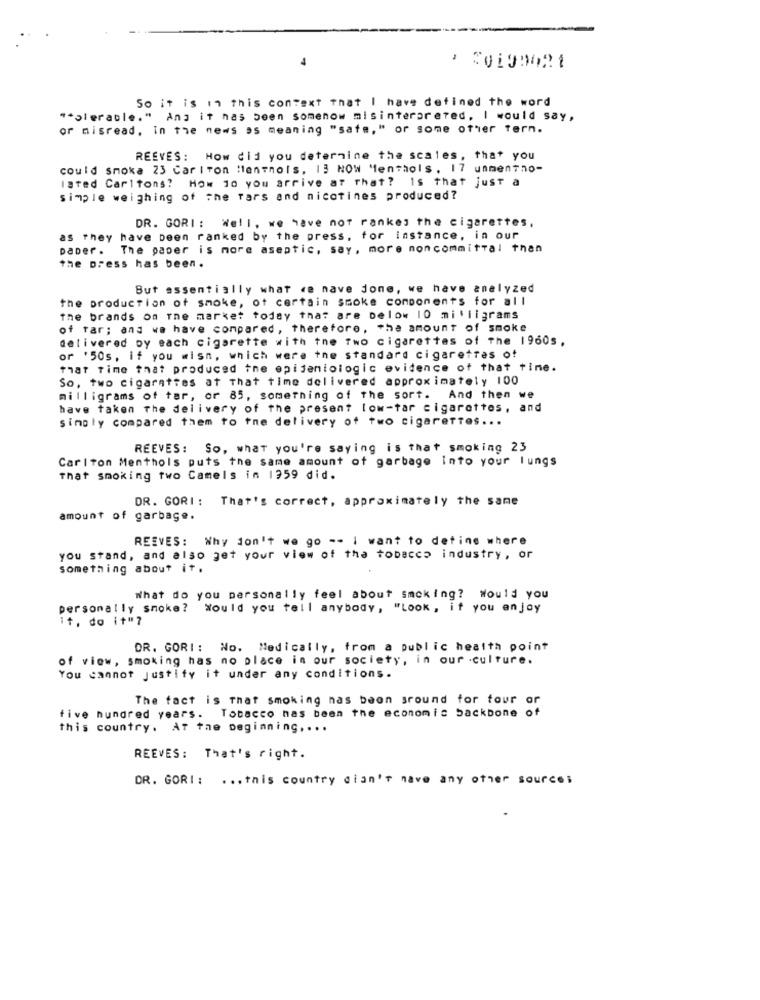
-
So it is in this context that I have defined the word
"plerable." And it has been somenow misinterpreted, I would say,
or misread, in the news as meaning "safe," or some other tern.
REEVES: How did you determine the scales, that you
could smoka 23 Carlton Menthols. 13 NOW Menthols. 17 ummentho-
Isted Carltons? How 10 you arrive at that? is that just a
simple weighing of The fars and nicotines produced?
DR. GORI : Well, we have not rankes the cigarettes,
as they have been ranked by the press, for instance, in our
paper. The paper is more aseptic, say, more noncommittal than
the press has been.
But essentially what ce nave jone, we have analyzed
the production of smoke, ot certain smoke components for all
the brands on The market today that are below 10 milligrams
of far; and we have compared, therefore, the amount of smoke
delivered by each cigarette with the Two cigarettes of the 1960s,
or '50s, if you wish, which were the standard cigarettes of
that time that produced the epidemiologic evidence of that time.
So, two cigarettes at That time delivered approximately 100
milligrams of tar, or 85, something of the sort. And then we
have taken The delivery of the present low-tar cigarettes, and
simgly compared them to the delivery of two cigarettes ...
REEVES: So, what you're saying is that smoking 23
Carlton Menthols puts the same amount of garbage Into your lungs
That smoking two Camels in 1959 did.
DR. GORI : That's correct, approximately the same
amount of garbage.
REEVES: Why don't we go -- I want to define where
you stand, and also get your view of the tobacco industry , or
something about it,
What do you personally feel about smoking? would you
personally smoke? Would you tell anybody, "Look, if you enjoy
it, do it"?
DR. GORI: No. Medically, from a public health point
of view, smoking has no place in our society, in our .culture.
You cannot justify it under any conditions.
The fact is that smoking nas been sround for tour or
five hundred years. Tobacco nas been the economic backbone of
this country. AT the beginning .. ..
REEVES: That's right.
DR. GORI : ... this country dian's nave any other source;